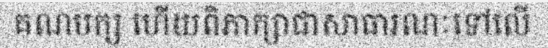
គណបក្ស ហើយពិភាក្សាជាសាធារណៈទៅលើ